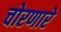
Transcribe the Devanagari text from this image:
चोरणारे